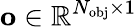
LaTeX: \mathbf{o}\in\mathbb{R}^{N_{\mathrm{{obj}}}\times 1}